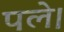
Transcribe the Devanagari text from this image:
पले।